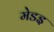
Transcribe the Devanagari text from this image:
मेडइ